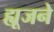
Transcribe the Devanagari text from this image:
ह्यूजने